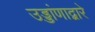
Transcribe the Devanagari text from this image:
उड्डांणाद्वारे